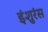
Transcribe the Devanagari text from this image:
इंशुरंस